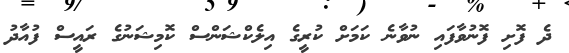
ދެ ފޮށި ފޮނުވާފައި ނުވާނެ ކަމަށް ކުރީގެ އިލެކްޝަންސް ކޮމިޝަނުގެ ރައީސް ފުއާދު